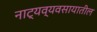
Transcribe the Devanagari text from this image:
नाट्यव्यवसायातील